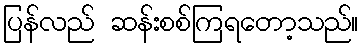
ပြန်လည် ဆန်းစစ်ကြရတော့သည်။